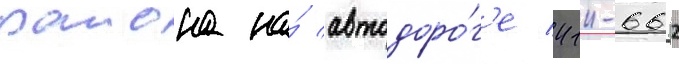
раиона на́ автодоро́г'е 41к-662